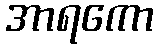
အာရကော